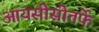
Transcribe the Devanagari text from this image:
आयसीसीतर्फे